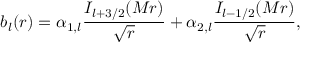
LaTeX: b _ { l } ( r ) = \alpha _ { 1 , l } { \frac { I _ { l + 3 / 2 } ( M r ) } { \sqrt { r } } } + \alpha _ { 2 , l } { \frac { I _ { l - 1 / 2 } ( M r ) } { \sqrt { r } } } ,